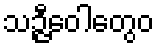
သဉ္ဇီဝေါတွေဝ